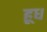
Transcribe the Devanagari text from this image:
हूध